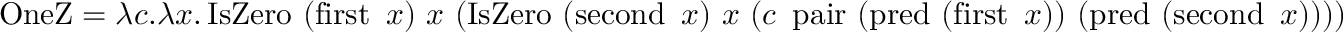
\operatorname { O n e Z } = \lambda c . \lambda x . \operatorname { I s Z e r o } \ ( \operatorname { f i r s t } \ x ) \ x \ ( \operatorname { I s Z e r o } \ ( \operatorname { s e c o n d } \ x ) \ x \ ( c \ \operatorname { p a i r } \ ( \operatorname { p r e d } \ ( \operatorname { f i r s t } \ x ) ) \ ( \operatorname { p r e d } \ ( \operatorname { s e c o n d } \ x ) ) ) )